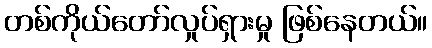
တစ်ကိုယ်တော်လှုပ်ရှားမှု ဖြစ်နေတယ်။